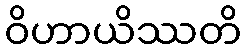
ဝိဟာယိဿတိ